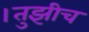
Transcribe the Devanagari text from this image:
।तुझीच